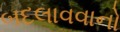
બદલાવવાનો